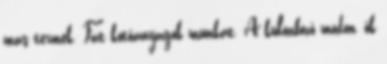
más termék. Fat kötőanyagok munkát. A különböző módon, ők